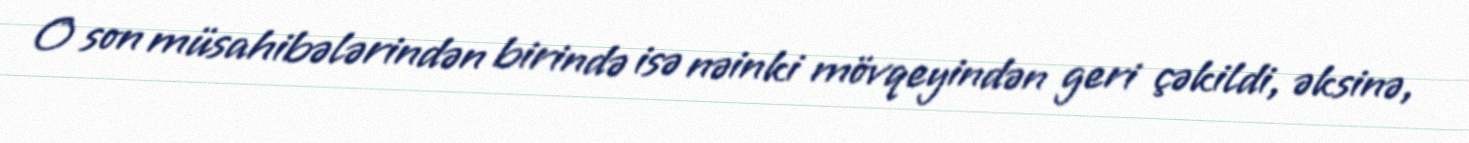
O son müsahibələrindən birində isə nəinki mövqeyindən geri çəkildi, əksinə,